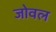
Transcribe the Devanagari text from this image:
जोवल